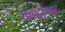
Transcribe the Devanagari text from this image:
यथादृश्यवाद